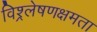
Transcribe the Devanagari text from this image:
विश्र्लेषणक्षमता